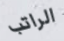
الراتب